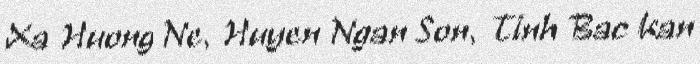
Xa Huong Ne, Huyen Ngan Son, Tinh Bac Kan